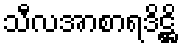
သီလအာစာရဒိဋ္ဌိ